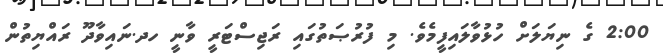
2:00 ގެ ނިޔަލަށް ހުޅުވާލައިފީމެވެ. މި ފުރުޞަތުގައި ރަޖިސްޓަރީ ވާނީ ހދ.ނައިވާދޫ ރައްޔިތުން